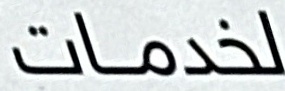
لخدمات